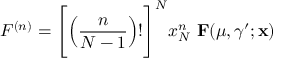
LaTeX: F ^ { ( n ) } = \Bigg [ \Big ( \frac { n } { N - 1 } \Big ) ! \Bigg ] ^ { N } x _ { N } ^ { n } \, \, { \bf F } ( \mu , \gamma ^ { \prime } ; { \bf x } )